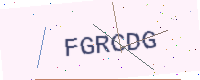
Text: FGRCDG